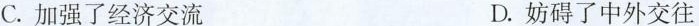
C.加强了经济交流 D.妨碍了中外交往